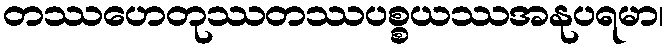
တဿဟေတုဿတဿပစ္စယဿအနုပရမာ၊